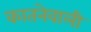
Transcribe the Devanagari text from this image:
कातनेवाली